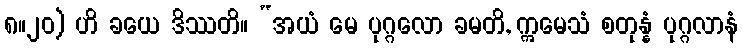
၈။၂၀) ဟိ ခယေ ဒိဿတိ။ “အယံ မေ ပုဂ္ဂလော ခမတိ, ဣမေသံ စတုန္နံ ပုဂ္ဂလာနံ